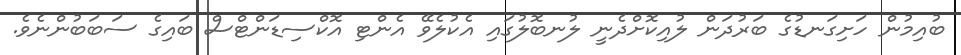
ބުއިމުން ހަށިގަނޑުގެ ބަރުދަން ލުއިކޮށްދެނީ ލުނބޮލުގައި އެކުލެވޭ އެންޓި އޮކްސިޑަންޓްސް ބައިގެ ސަބަބުންނެވެ.